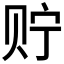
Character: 𮷍